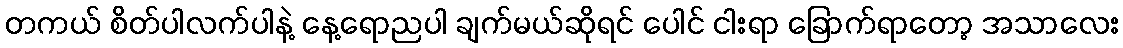
တကယ် စိတ်ပါလက်ပါနဲ့ နေ့ရောညပါ ချက်မယ်ဆိုရင် ပေါင် ငါးရာ ခြောက်ရာတော့ အသာလေး